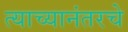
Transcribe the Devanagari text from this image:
त्याच्यानंतरचे